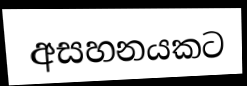
අසහනයකට